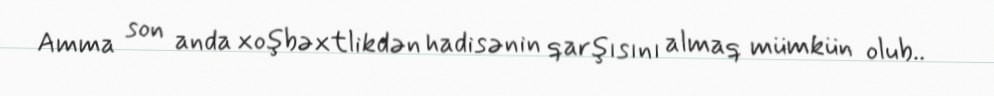
Amma son anda xoşbəxtlikdən hadisənin qarşısını almaq mümkün olub..